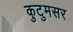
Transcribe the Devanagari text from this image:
कुटुमसर